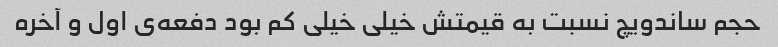
حجم ساندویچ نسبت به قیمتش خیلی خیلی کم بود دفعه‌ی اول و آخره